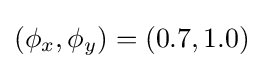
(\phi _{x},\phi _{y})=(0.7,1.0)